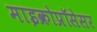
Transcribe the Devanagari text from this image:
माइक्रोप्रॉसेसर